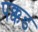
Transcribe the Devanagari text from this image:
पक्कड